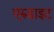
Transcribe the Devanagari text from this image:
एरुडाइट